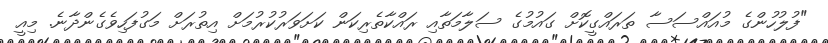
"ފުލުހުންގެ މުއައްސަސާ ތަރައްގީކޮށް ގައުމުގެ ސަލާމަތާއި ރައްކާތެރިކަން ކަށަވަރުކުރުމަށް އިތުރަށް މަގުފަހިވެގެންދާނެ. މިއީ